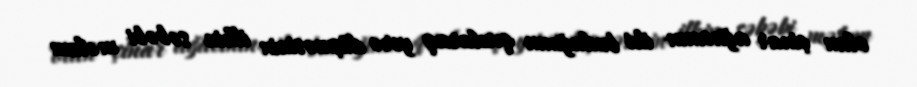
olan çinar ağacının iki budağının qırılaraq yerə düşməsinin ilkin səbəbi məlum